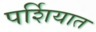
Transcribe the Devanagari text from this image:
पर्शियात